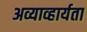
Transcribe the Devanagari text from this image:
अव्याव्हार्यता